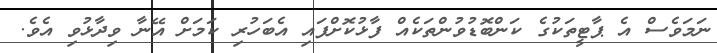
ނަމަވެސް އެ ޕާޓީތަކުގެ ކަންބޮޑުވުންތަކެއް ފާޅުކޮށްފައި އެބަހުރި ކަމަށް އޭނާ ވިދާޅުވި އެވެ.